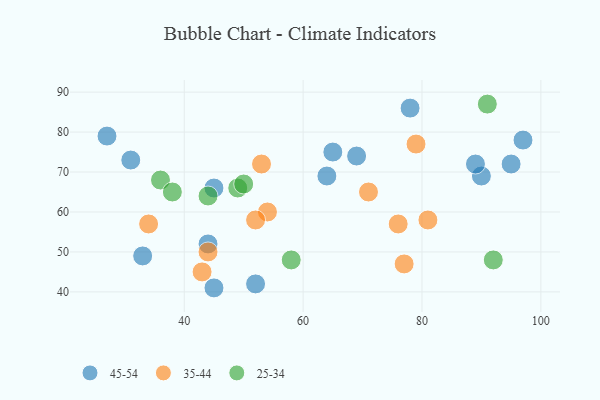
{"axis": {"x": "GDP", "y": "Life Expectancy"}, "legend": ["25-34", "35-44", "45-54"], "data": [{"x": "90", "y": 69, "type": "45-54"}, {"x": "45", "y": 66, "type": "45-54"}, {"x": "95", "y": 72, "type": "45-54"}, {"x": "52", "y": 42, "type": "45-54"}, {"x": "33", "y": 49, "type": "45-54"}, {"x": "31", "y": 73, "type": "45-54"}, {"x": "69", "y": 74, "type": "45-54"}, {"x": "45", "y": 41, "type": "45-54"}, {"x": "89", "y": 72, "type": "45-54"}, {"x": "27", "y": 79, "type": "45-54"}, {"x": "78", "y": 86, "type": "45-54"}, {"x": "65", "y": 75, "type": "45-54"}, {"x": "97", "y": 78, "type": "45-54"}, {"x": "64", "y": 69, "type": "45-54"}, {"x": "44", "y": 52, "type": "45-54"}, {"x": "76", "y": 57, "type": "35-44"}, {"x": "81", "y": 58, "type": "35-44"}, {"x": "43", "y": 45, "type": "35-44"}, {"x": "54", "y": 60, "type": "35-44"}, {"x": "34", "y": 57, "type": "35-44"}, {"x": "71", "y": 65, "type": "35-44"}, {"x": "77", "y": 47, "type": "35-44"}, {"x": "79", "y": 77, "type": "35-44"}, {"x": "52", "y": 58, "type": "35-44"}, {"x": "53", "y": 72, "type": "35-44"}, {"x": "44", "y": 50, "type": "35-44"}, {"x": "44", "y": 64, "type": "25-34"}, {"x": "49", "y": 66, "type": "25-34"}, {"x": "50", "y": 67, "type": "25-34"}, {"x": "58", "y": 48, "type": "25-34"}, {"x": "36", "y": 68, "type": "25-34"}, {"x": "92", "y": 48, "type": "25-34"}, {"x": "38", "y": 65, "type": "25-34"}, {"x": "91", "y": 87, "type": "25-34"}]}